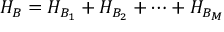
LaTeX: H _ { B } = H _ { B _ { 1 } } + H _ { B _ { 2 } } + \dots + H _ { B _ { M } }